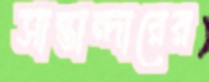
সান্তান্দারের